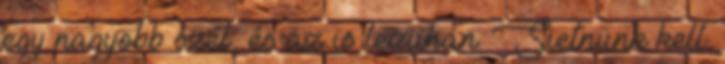
egy nagyobb szél, és az is lezuhan. Sietnünk kell.